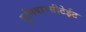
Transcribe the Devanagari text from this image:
युनिवारसीटेईट